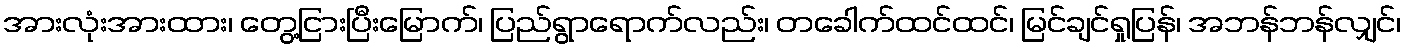
အားလုံးအားထား၊ တွေ့ငြားပြီးမြောက်၊ ပြည်ရွာရောက်လည်း၊ တခေါက်ထင်ထင်၊ မြင်ချင်ရှုပြန်၊ အဘန်ဘန်လျှင်၊